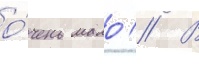
о́чень мало // В